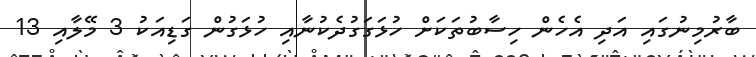
ބާރުމިނުގައި އަދި އެހެން ހިސާބުތަކަށް ހުޅަގަގުދެކުނާއި ހުޅަގުން ގަޑިއަކު 3 މޭލާއި 13